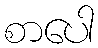
စာပေါ